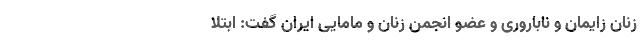
زنان زایمان و ناباروری و عضو انجمن زنان و مامایی ایران گفت: ابتلا